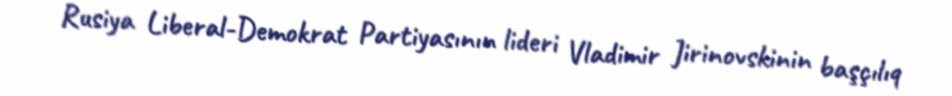
Rusiya Liberal-Demokrat Partiyasının lideri Vladimir Jirinovskinin başçılıq